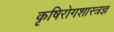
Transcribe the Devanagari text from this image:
कृषिरोगशास्त्रज्ञ